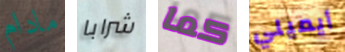
مادام شرابا كما أيميلي